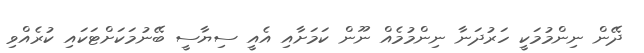
ދޭން ނިންމުމަކީ ހަރުދަނާ ނިންމުމެއް ނޫން ކަމަށާއި އެއީ ސިޔާސީ ބޭނުމަކަށްޓަކައި ކުރެއްވި